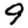
Digit: 9